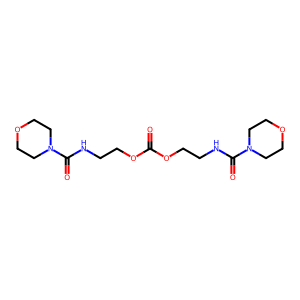
SMILES: O=C(OCCNC(=O)N1CCOCC1)OCCNC(=O)N1CCOCC1
Inhibits HIV replication: No